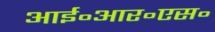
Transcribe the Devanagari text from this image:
आई॰आर॰एस॰